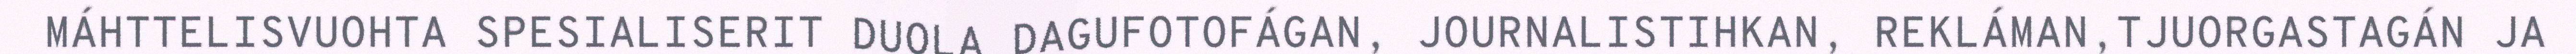
MÁHTTELISVUOHTA SPESIALISERIT DUOLA DAGUFOTOFÁGAN, JOURNALISTIHKAN, REKLÁMAN,TJUORGASTAGÁN JA